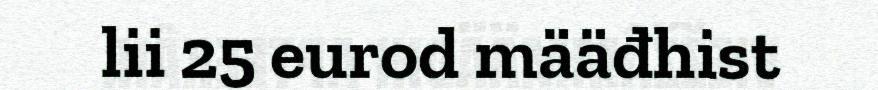
lii 25 eurod määđhist